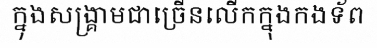
ក្នុងសង្គ្រាមជាច្រើនលើកក្នុងកងទ័ព